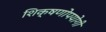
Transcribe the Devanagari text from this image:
शिक्षणोपयोगी